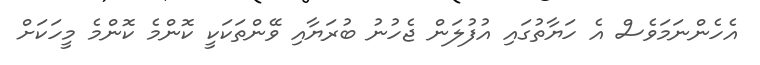
އެހެންނަމަވެސް އެ ހަޔާތުގައި އުފުލަން ޖެހުނު ބުރަޔާއި ވޭންތަކަކީ ކޮންމެ ކޮންމެ މީހަކަށް